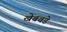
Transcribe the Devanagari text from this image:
खेबवडे